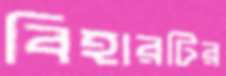
বিহারটির